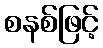
စနစ်ဖြင့်